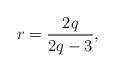
LaTeX: \begin{align*}r= \frac {2q} {2q-3},\end{align*}